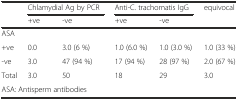
<table><thead><tr><td></td><td colspan="2"><b>Chlamydial Ag by PCR</b></td><td colspan="2"><b>Anti-C. trachomatis IgG</b></td><td rowspan="2"><b>equivocal</b></td></tr><tr><td></td><td><b>+ve</b></td><td><b>-ve</b></td><td><b>+ve</b></td><td><b>-ve</b></td></tr></thead><tbody><tr><td>ASA</td><td></td><td></td><td></td><td></td><td></td></tr><tr><td>+ve</td><td>0.0</td><td>3.0 (6 %)</td><td>1.0 (6.0 %)</td><td>1.0 (3.0 %)</td><td>1.0 (33 %)</td></tr><tr><td>-ve</td><td>3.0</td><td>47 (94 %)</td><td>17 (94 %)</td><td>28 (97 %)</td><td>2.0 (67 %)</td></tr><tr><td>Total</td><td>3.0</td><td>50</td><td>18</td><td>29</td><td>3.0</td></tr><tr><td colspan="6">ASA: Antisperm antibodies</td></tr></tbody></table>